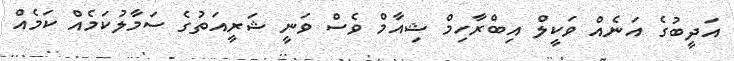
އަދީބުގެ އަނެއް ވަކީލް އިބްރާހިމް ޝިއާމް ވެސް ވަނީ ޝަރީއަތުގެ ސަމާލުކަމެއް ކަމެއް